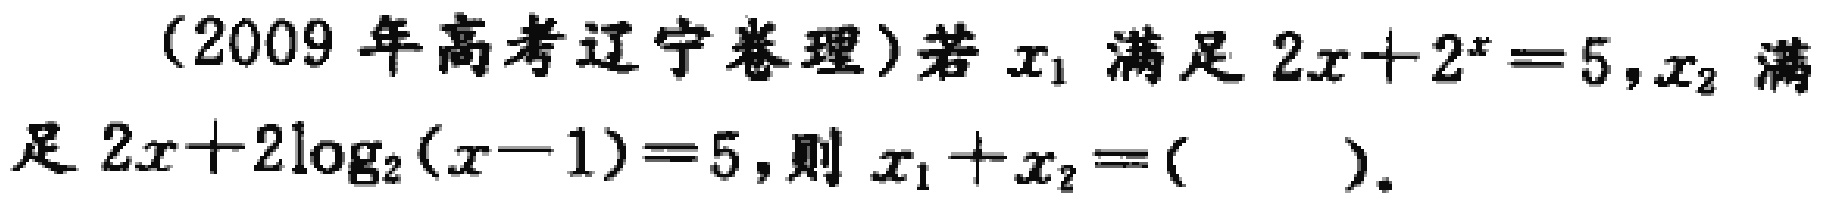
(2009年高考辽宁卷理)若$x_{1}$满足$2x + 2^{x}=5$,$x_{2}$满足$2x + 2\log_{2}(x - 1)=5$,则$x_{1}+x_{2}=$（  ）.